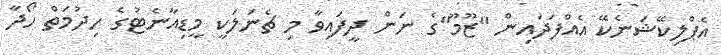
އެޕްލިކޭޝަނެކޭ އެއްފަދައިން "ޒޫމޫ"ގެ ނަން ދީފައިވާ މި ޗެނަލަކީ މީޑިއާނެޓުގެ ހިދުމަތް ހޯދާ